Civil Veterinary Dept. Bombay admin report 1923-31 - 1923-1931
Year: 1923
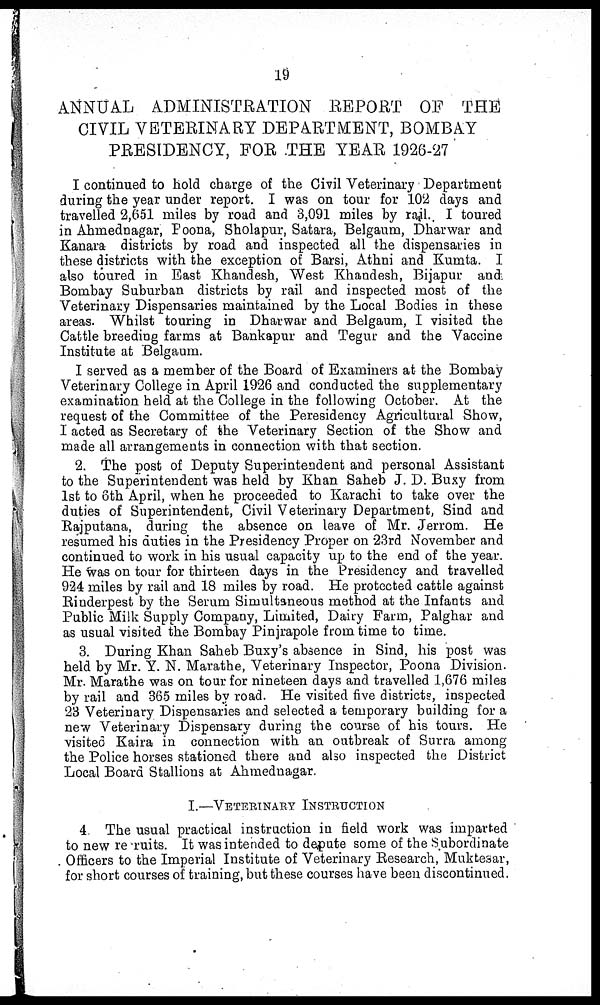
19
ANNUAL ADMINISTRATION REPORT OF THE
CIVIL VETERINARY DEPARTMENT, BOMBAY
PRESIDENCY, FOR THE YEAR 1926-27
I continued to hold charge of the Civil Veterinary Department
during the year under report. I was on tour for 102 days and
travelled 2,651 miles by road and 3,091 miles by rail. I toured
in Ahmednagar, Poona, Sholapur, Satara, Belgaum, Dharwar and
Kanara districts by road and inspected all the dispensaries in
these districts with the exception of Barsi, Athni and Kumta. I
also toured in East Khaudesh, West Khandesh, Bijapur and,
Bombay Suburban districts by rail and inspected most of the
Veterinary Dispensaries maintained by the Local Bodies in these
areas. Whilst touring in Dharwar and Belgaum, I visited the
Cattle breeding farms at Bankapur and Tegur and the Vaccine
Institute at Belgaum.
I served as a member of the Board of Examiners at the Bombay
Veterinary College in April 1926 and conducted the supplementary
examination held at the College in the following October. At the
request of the Committee of the Peresidency Agricultural Show,
I acted as Secretary of the Veterinary Section of the Show and
made all arrangements in connection with that section.
2. The post of Deputy Superintendent and personal Assistant
to the Superintendent was held by Khan Saheb J. D. Buxy from
1st to 6th April, when he proceeded to Karachi to take over the
duties of Superintendent, Civil Veterinary Department, Sind and
Rajputana, during the absence on leave of Mr. Jerrom. He
resumed his duties in the Presidency Proper on 23rd November and
continued to work in his usual capacity up to the end of the year.
He was on tour for thirteen days in the Presidency and travelled
924 miles by rail and 18 miles by road. He protected cattle against
Rinderpest by the Serum Simultaneous method at the Infants and
Public Milk Supply Company, Limited, Dairy Farm, Palghar and
as usual visited the Bombay Pinjrapole from time to time.
3. During Khan Saheb Buxy's absence in Sind, his post was
held by Mr. Y. N. Marathe, Veterinary Inspector, Poona Division.
Mr. Marathe was on tour for nineteen days and travelled 1,676 miles
by rail and 365 miles by road. He visited five districts, inspected
23 Veterinary Dispensaries and selected a temporary building for a
new Veterinary Dispensary during the course of his tours. He
visited Kaira in connection with an outbreak of Surra among
the Police horses stationed there and also inspected the District
Local Board Stallions at Ahmednagar.
I.—VETERINARY INSTRUCTION
4 The usual practical instruction in field work was imparted
to new re ruits. It was intended to depute some of the Subordinate
Officers to the Imperial Institute of Veterinary Research, Muktesar,
for short courses of training, but these courses have been discontinued.